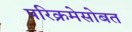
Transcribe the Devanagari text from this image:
परिक्रमेसोबत